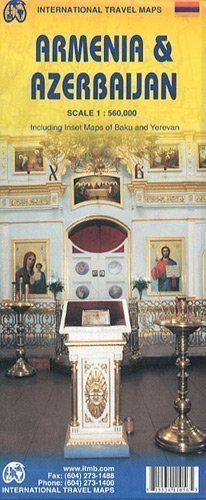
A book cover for Armenia / Azerbajan itm r/v (r) (International Travel Maps) 5th (fifth) Revised Edition by ITMB Publishing published by ITMB Publishing (2012); Travel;